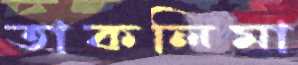
তাকলিমা